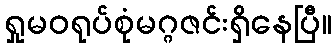
ရှုမဝရုပ်စုံမဂ္ဂဇင်းရှိနေပြီ။